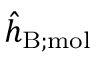
\hat { h } _ { \mathrm { B ; m o l } }